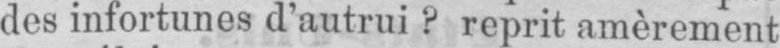
des infortunes d’autrui? reprit amèrement